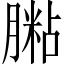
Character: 𦟶